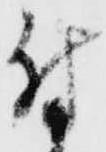
付